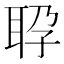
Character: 𬚕